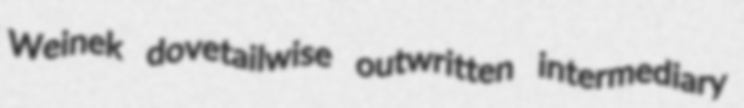
Weinek dovetailwise outwritten intermediary